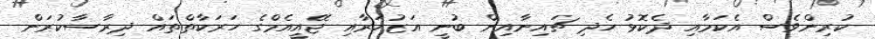
ކުރިންވެސް އެކަމާއި ދެކޮޅު ހެދި ޗައިނާއިން ބުނީ އަޒުހަރާއި ޖޭއީއެމްގެ ހަރަކާތްތައް ދިރާސާކުރަން